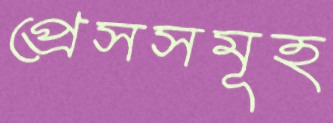
প্রেসসমূহ